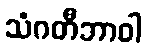
သံဂတီဘာဝါ